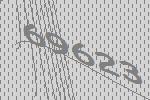
69623